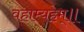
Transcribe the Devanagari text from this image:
वहाम्यहम्॥